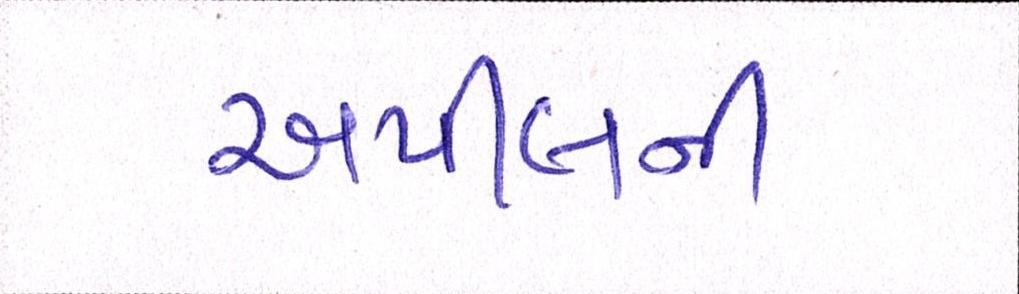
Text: અપીલની